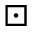
\boxdot